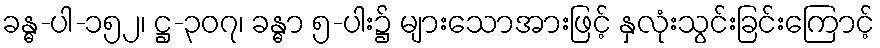
ခန္ဓ-ပါ-၁၅၂၊ ဋ္ဌ-၃၀၇၊ ခန္ဓာ ၅-ပါး၌ များသောအားဖြင့် နှလုံးသွင်းခြင်းကြောင့်